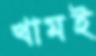
খামই